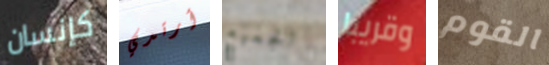
كإنسان أرتدي الجميع وقريبا القوم